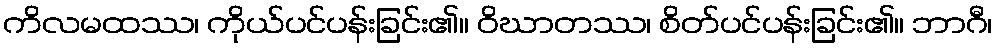
ကိလမထဿ၊ ကိုယ်ပင်ပန်းခြင်း၏။ ဝိဃာတဿ၊ စိတ်ပင်ပန်းခြင်း၏။ ဘာဂီ၊